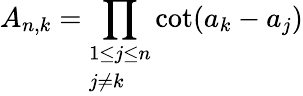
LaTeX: A_{n,k}=\prod_{\begin{array}{l}{1\leq j\leq n}\\ {j\neq k}\end{array}}\cot(a_{k}-a_{j})